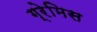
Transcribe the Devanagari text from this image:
ग्रेमिस